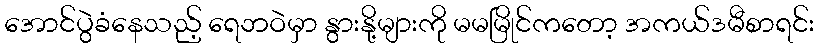
အောင်ပွဲခံနေသည့် ရေဘဝဲမှာ နွားနို့များကို မမမြိုင်ကတော့ အကယ်ဒမီစာရင်း